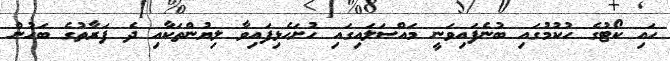
ހައި ކޯޓުގެ ހުކުމުގައި ބުނެފައިވަނީ މައްސަލައިގައި ހުށަހެޅިފައިވާ ލިޔުންތަކާއި ދެ ފަރާތުގެ ބަހުން